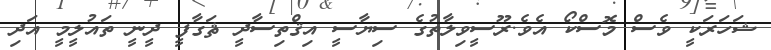
ޝަހަރަކީ ވެސް މޮސްކޯ އެވެ.ރޫސީވިލާތުގެ ސިޔާސީ އިޤްތިސާދީ ޘަގާފީ ދީނީ ތައުލީމީ އަދި